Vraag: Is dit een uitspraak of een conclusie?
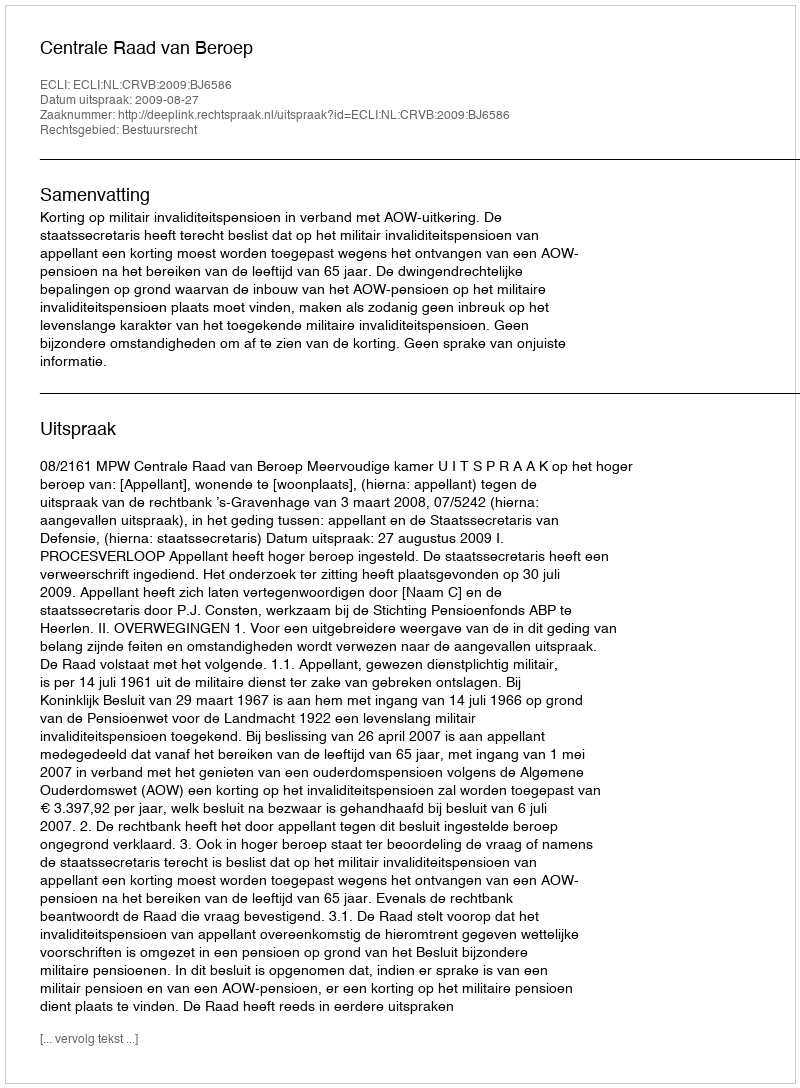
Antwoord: Uitspraak